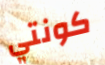
كونتي